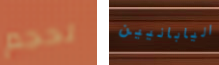
لحجم اليابانيين